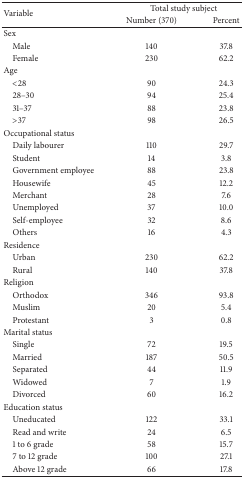
| <ROWSPAN=2> Variable | <COLSPAN=2> Total study subject |
 | Number (370) | Percent |
 | --- | --- | --- |
 | Sex |  |  |
 | Male | 140 | 37.8 |
 | Female | 230 | 62.2 |
 | Age |  |  |
 | <28 | 90 | 24.3 |
 | 28–30 | 94 | 25.4 |
 | 31–37 | 88 | 23.8 |
 | >37 | 98 | 26.5 |
 | Occupational status |  |  |
 | Daily labourer | 110 | 29.7 |
 | Student | 14 | 3.8 |
 | Government employee | 88 | 23.8 |
 | Housewife | 45 | 12.2 |
 | Merchant | 28 | 7.6 |
 | Unemployed | 37 | 10.0 |
 | Self-employee | 32 | 8.6 |
 | Others | 16 | 4.3 |
 | Residence |  |  |
 | Urban | 230 | 62.2 |
 | Rural | 140 | 37.8 |
 | Religion |  |  |
 | Orthodox | 346 | 93.8 |
 | Muslim | 20 | 5.4 |
 | Protestant | 3 | 0.8 |
 | Marital status |  |  |
 | Single | 72 | 19.5 |
 | Married | 187 | 50.5 |
 | Separated | 44 | 11.9 |
 | Widowed | 7 | 1.9 |
 | Divorced | 60 | 16.2 |
 | Education status |  |  |
 | Uneducated | 122 | 33.1 |
 | Read and write | 24 | 6.5 |
 | 1 to 6 grade | 58 | 15.7 |
 | 7 to 12 grade | 100 | 27.1 |
 | Above 12 grade | 66 | 17.8 |